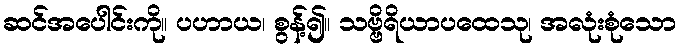
ဆင်အပေါင်းကို။ ပဟာယ၊ စွန့်၍။ သဗ္ဗိရိယာပထေသု၊ အလုံးစုံသော